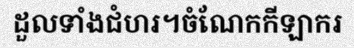
ដួលទាំងជំហរ។ចំណែកកីឡាករ